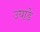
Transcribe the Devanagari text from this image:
उघाडे